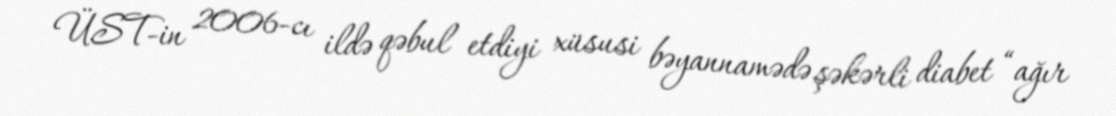
ÜST-in 2006-cı ildə qəbul etdiyi xüsusi bəyannamədə şəkərli diabet “ağır